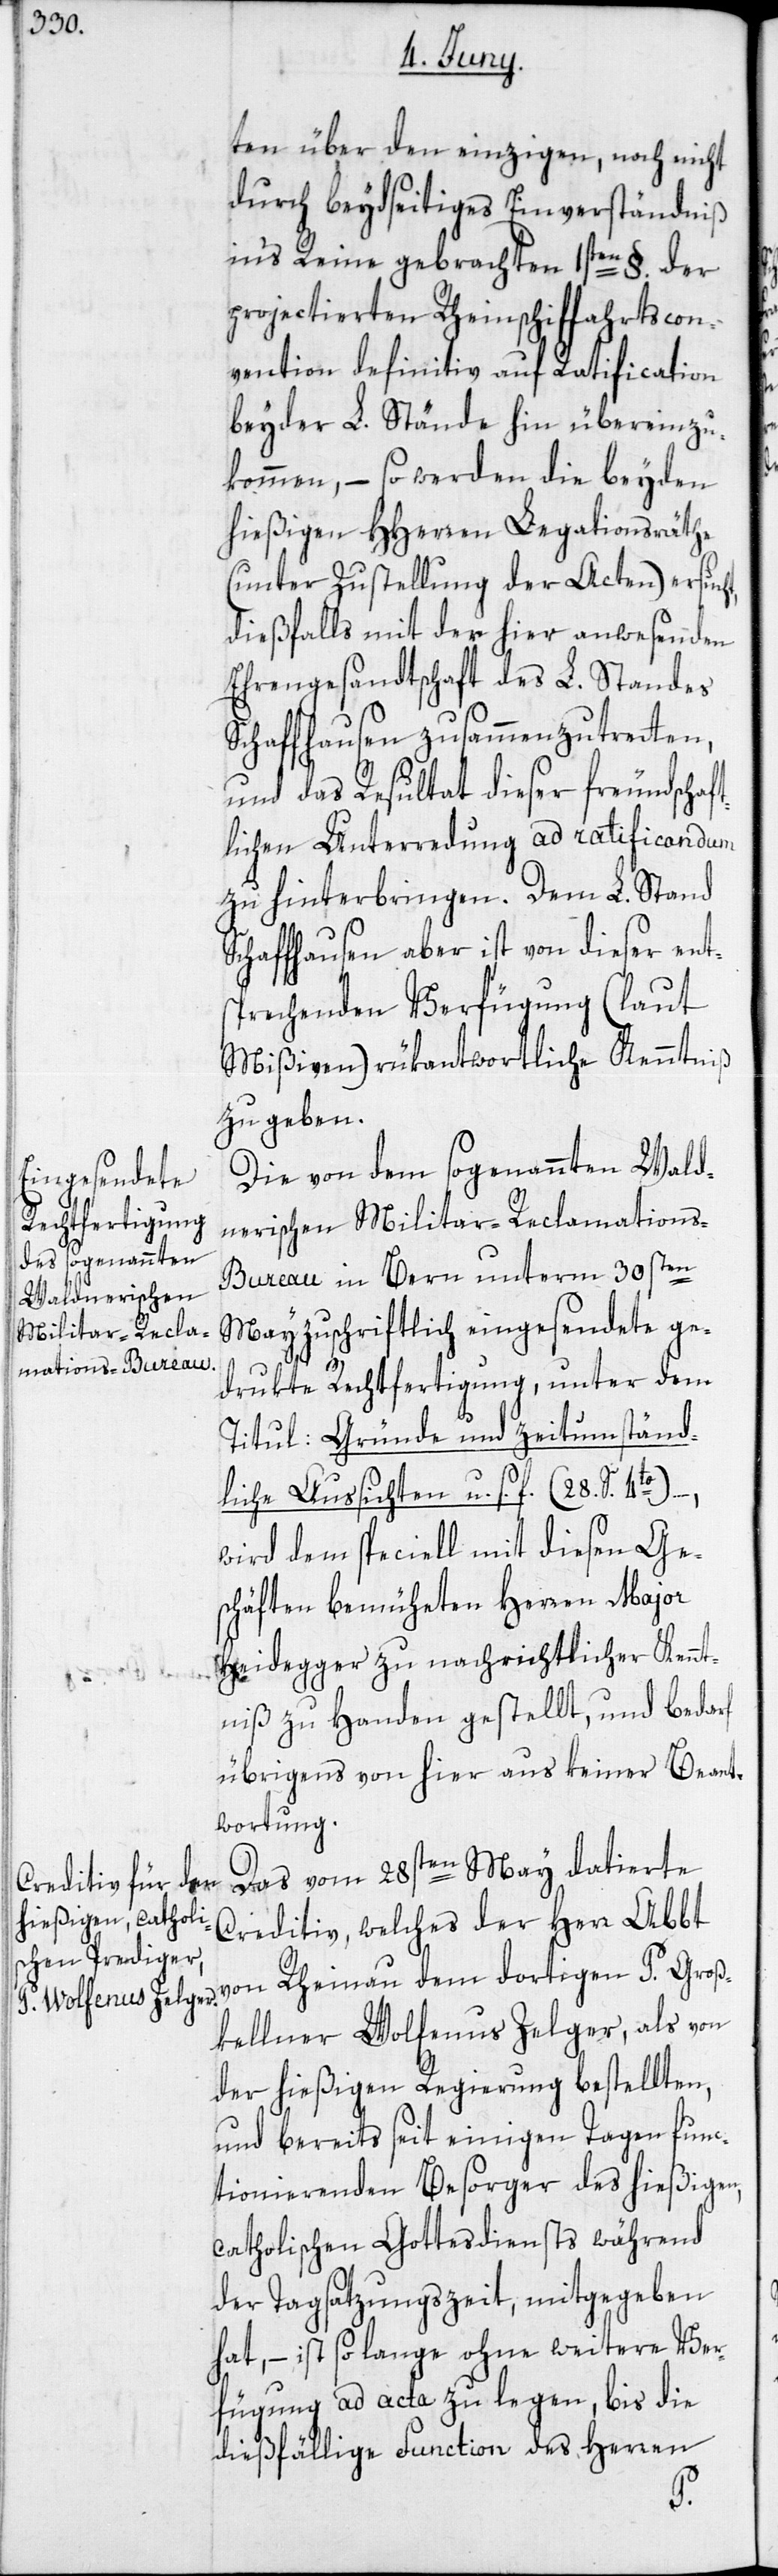
ten über den einzigen, noch nicht
durch beydseitiges Einverständniß
in’s Reine gebrachten 1sten §. der
projectierten Rheinschiffahrtscon¬
vention definitiv auf Ratification
beyder L. Stände hin übereinzu¬
kommen, – so werden die beyden
hießigen HHerren Legationsräthe
(unter Zustellung der Acten) ersuch¬
dießfalls mit der hier anwesenden
Ehrengesandtschaft des L. Standes
Schaffhausen zusammenzutretten,
und das Resultat dieser freundschaf¬
tlichen Unterredung ad ratificandum
zu hinterbringen. Dem L. Stand
Schaffhausen aber ist von dieser ent¬
sprechenden Verfügung (laut
Mißiven) rükantwortliche Kenntniß
zu geben.
Die von dem sogenannten Wald¬
nerischen Militar-Reclamation¬
s-Bureau in Bern unterm 30sten
May zuschriftlich eingesendete ge¬
drukte Rechtfertigung, unter dem
Titul: Gründe und zeitumständ¬
liche Aussichten u. s. f. (28. S. 4to) –,
wird dem speciell mit diesen Ges¬
chäften bemüheten Herren Major
Heidegger zu nachrichtlicher Kennt¬
niß zu Handen gestellt, und bedarf
übrigens von hier aus keiner Beant¬
wortung.
Das vom 28sten May datierte
Creditiv, welches der Herr Abbt
von Rheinau dem dortigen P. Groß¬
kellner Wolfenus Zelger, als von
der hießigen Regierung bestellten,
und bereits seit einigen Tagen func¬
tionierenden Besorger des hießigen,
catholischen Gottesdiensts während
der Tagsatzungszeit, mitgegeben
hat, – ist so lange ohne weitere Ver¬
fügung ad acta zu legen, bis die
dießfällige Function des Herren
t,